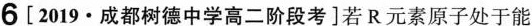
6[2019·成都树德中学高二阶段考]若R元素原子处于能